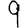
Digit: 9